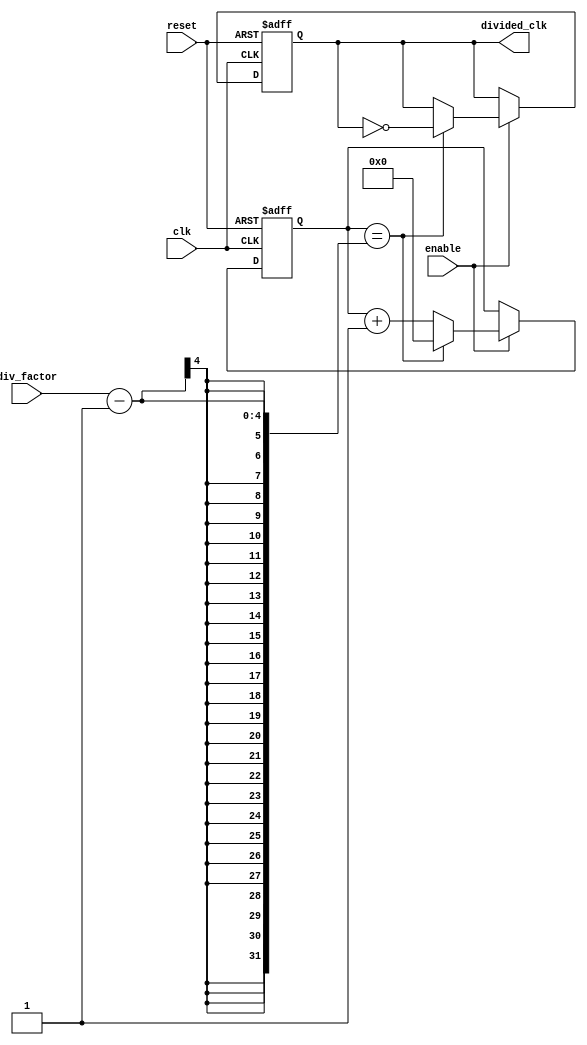
module FrequencyDividerCounter (
    input wire clk,            // Input clock signal
    input wire reset,          // Reset signal
    input wire enable,         // Enable signal (optional)
    input wire [N-1:0] div_factor, // Division factor (N bits)
    output reg divided_clk      // Divided clock output
);

parameter N = 4; // Width of the division factor (can be adjusted based on requirements)

reg [N-1:0] counter; // Counter to keep track of clock cycles

// Synchronous reset and counting logic
always @(posedge clk or posedge reset) begin
    if (reset) begin
        counter <= 0;          // Reset the counter
        divided_clk <= 0;      // Reset the divided clock output
    end else if (enable) begin
        if (counter == div_factor - 1) begin
            divided_clk <= ~divided_clk; // Toggle the divided clock output
            counter <= 0;                // Reset the counter
        end else begin
            counter <= counter + 1;      // Increment the counter
        end
    end
end

endmodule